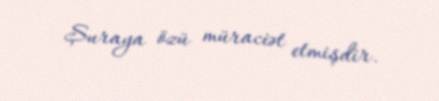
Şuraya özü müraciət etmişdir.